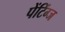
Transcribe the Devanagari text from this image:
पेंटिंग्ज